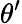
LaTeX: \theta^{\prime}